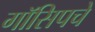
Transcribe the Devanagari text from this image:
गॉसिपचे